Annual administration report of the Civil Veterinary Department, Sind - 1940-1941
Year: 1940
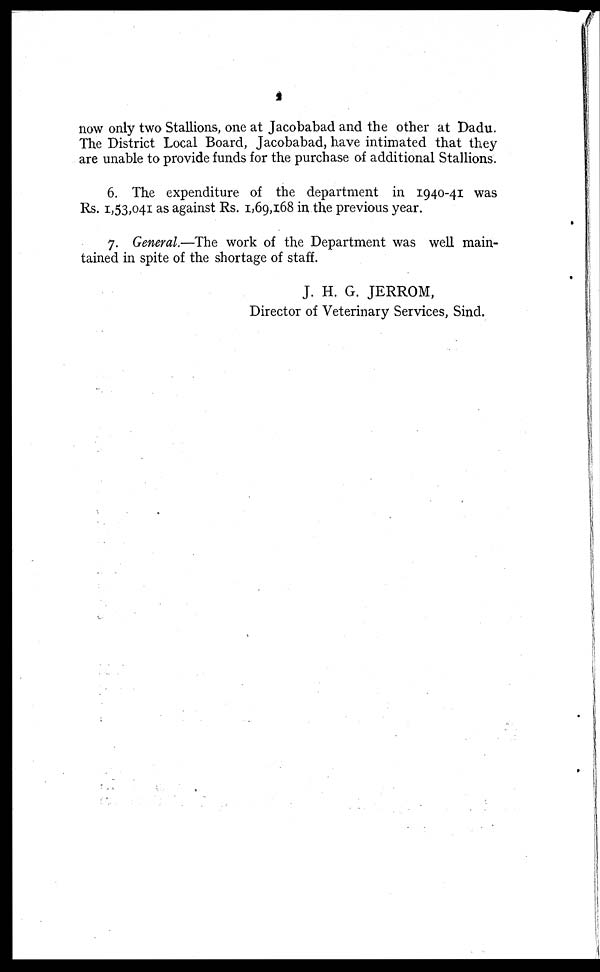
2
now only two Stallions, one at Jacobabad and the other at Dadu.
The District Local Board, Jacobabad, have intimated that they
are unable to provide funds for the purchase of additional Stallions.
6. The expenditure of the department in 1940-41 was
Rs. 1,53,041 as against Rs. 1,69,168 in the previous year.
7. General.—The work of the Department was well main-
tained in spite of the shortage of staff.
J. H. G. JERROM,
Director of Veterinary Services, Sind.